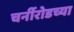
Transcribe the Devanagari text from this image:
चर्नीरोडच्या